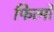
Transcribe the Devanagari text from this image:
फित्मों